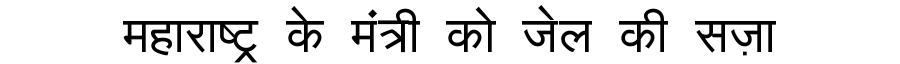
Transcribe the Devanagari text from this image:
महाराष्ट्र के मंत्री को जेल की सज़ा